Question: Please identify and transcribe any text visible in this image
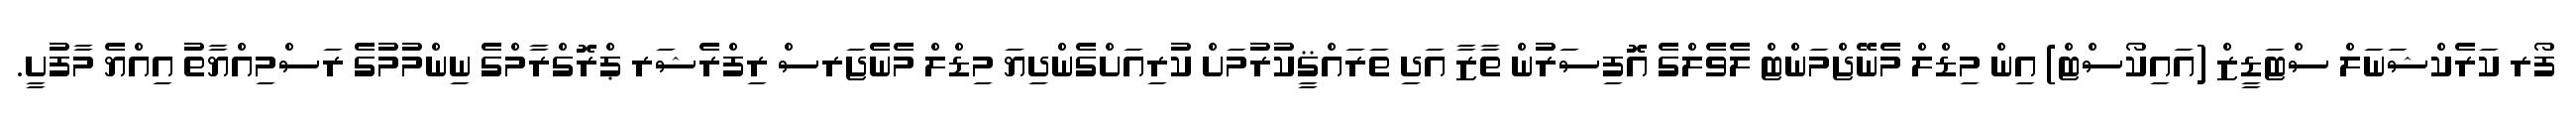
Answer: ފޯރ ކަރެކްޝަނަލް ސްޓަޑީޒް (އައިކޯސްޓް) އިން މިޑްލް މެނޭޖްމަންޓް ލެވެލްގެ އޮފިސަރުން ތާޒާ އަދި ތަރައްޤީކުރުމަށް ކުރިއަށްގެންދިޔަ މިޑްލް މެނެޖަރސް ރިފްރެޝަރ ޕްރޮގްރާމްގެ ނިންމުމުގެ ރަސްމިއްޔާތު އިއްޔެ މާފުށީ.